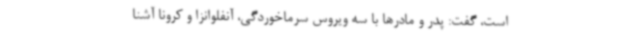
است، گفت: پدر و مادرها با سه ویروس سرماخوردگی، آنفلوانزا و کرونا آشنا